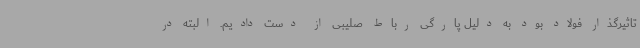
تاثیرگذار فولاد بود به دلیل پارگی رباط صلیبی از دست دادیم. البته در